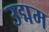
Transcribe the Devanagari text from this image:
उद्मम